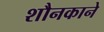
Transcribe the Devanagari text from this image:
शौनकाने